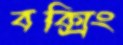
বক্সিং